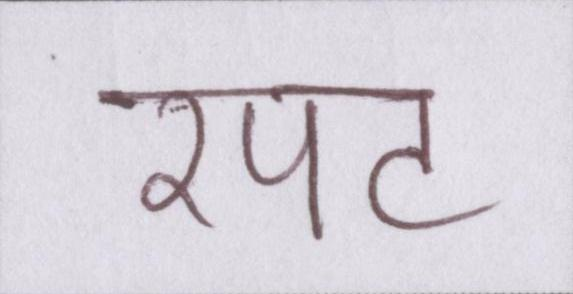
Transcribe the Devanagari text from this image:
रपट